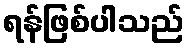
ရန်ဖြစ်ပါသည်